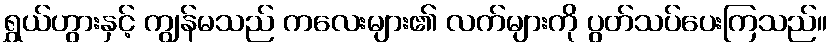
ရွှယ်ဟွားနှင့် ကျွန်မသည် ကလေးများ၏ လက်များကို ပွတ်သပ်ပေးကြသည်။